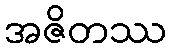
အဇိတဿ